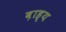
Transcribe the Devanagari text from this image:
ब़ाह्य